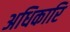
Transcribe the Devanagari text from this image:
अधिकारि